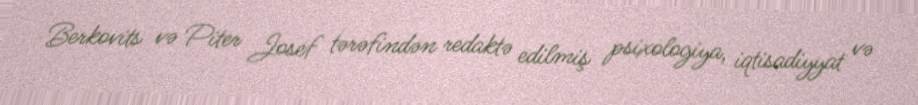
Berkovits və Piter Josef tərəfindən redaktə edilmiş psixologiya, iqtisadiyyat və